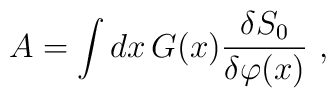
A=\int dx\,G(x)\frac{\delta S_0}{\delta \varphi(x)}\ ,